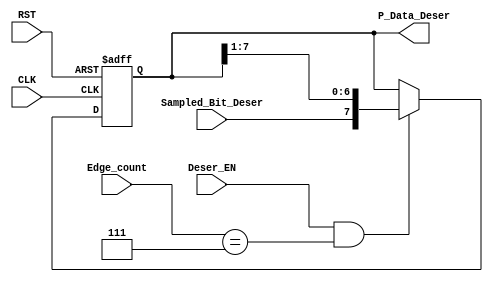
/******************************************************************************
*
* Module: Private - Deserializer Block 
*
*
* Description:  This Block Is Used To Deserialize the data to out the parllel data
*              
*               
*
*******************************************************************************/

//********************Port Declaration*************************//
module  Deserializer # (

parameter Number_Edges   = 4 , 
parameter DATA_WIDTH     = 8 ) //Paramters Block
  
(

input wire                        Deser_EN            ,  //Declaring the Variable As an Input Port with width 1 bit
input wire                        CLK                 ,  //Declaring the Variable As an Input Port with width 1 bit
input wire                        RST                 ,  //Declaring the Variable As an Input Port with width 1 bit
input wire                        Sampled_Bit_Deser   ,  //Declaring the Variable As an input Port with width 1 bit
input wire [Number_Edges-1 :0]    Edge_count          ,  //Declaring the Variable As an input Port with width 3 bit
output reg [DATA_WIDTH-1   :0]    P_Data_Deser           //Declaring the Variable As an output Port with width 1 bit 

); 
//****************** Parameeters Initialization  ****************//

localparam          ONE            = 1'b1   ,//initialize a parameter variable with a binary value 1
                    ZERO           = 1'b0   ;//initialize a parameter variable with a binary value 0
                    

//********************Internal Signal Declaration*****************//

reg [7:0]     P_Data_Deser_Comb ;  


//*************************** The RTL Code *****************************//
/*************** Starting The Sequential Always Block ***************/

always @(posedge CLK or negedge RST )

begin 
        if(!RST)
        
           begin
              
               P_Data_Deser <= 'b0 ;
                     
           end
  
      else if ( Deser_EN  && Edge_count == 3'b111  ) // && Edge_count == 3'b111 
        
           begin
            
            P_Data_Deser <=  {Sampled_Bit_Deser,P_Data_Deser[7:1]};
         
          end	
     else
      
      begin
        
         P_Data_Deser <= P_Data_Deser ;
      
      end 
end 


endmodule